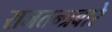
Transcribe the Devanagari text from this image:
राजतन्त्रबारे